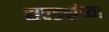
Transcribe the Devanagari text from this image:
सरड्यांच्या